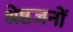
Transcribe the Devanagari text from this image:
श्रेष्ठजनों